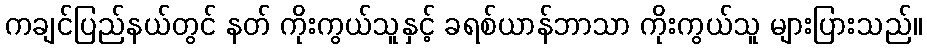
ကချင်ပြည်နယ်တွင် နတ် ကိုးကွယ်သူနှင့် ခရစ်ယာန်ဘာသာ ကိုးကွယ်သူ များပြားသည်။